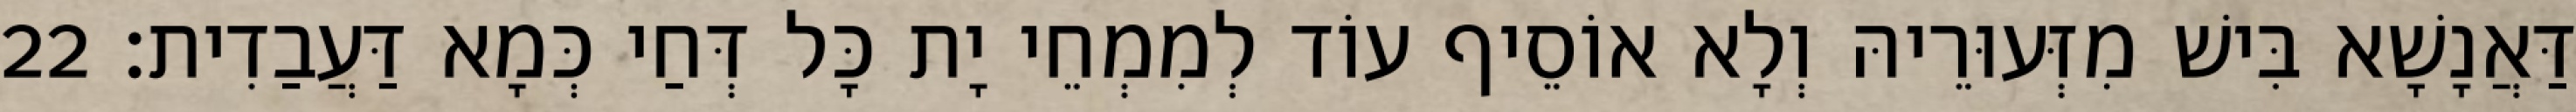
דַּאֲנָשָׁא בִּישׁ מִזְּעוּרֵיהּ וְלָא אוֹסֵיף עוֹד לְמִמְחֵי יָת כָּל דְּחַי כְּמָא דַּעֲבַדִית׃ 22